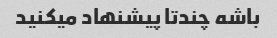
باشه چندتا پیشنهاد میکنید